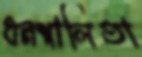
ধনশালিতা